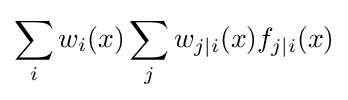
\sum _{i}w_{i}(x)\sum _{j}w_{j|i}(x)f_{j|i}(x)